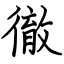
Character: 徹